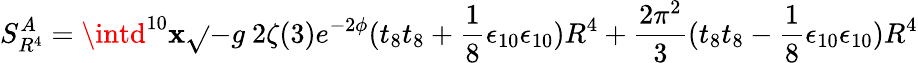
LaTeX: S_{R^{4}}^{A}=\intd^{10}\mathbf{x}\sqrt{}{{-g}}~2\zeta(3)e^{-2\phi}(t_{8}t_{8}+\frac{{1}}{{8}}\epsilon_{10}\epsilon_{10})R^{4}+\frac{{2\pi^{2}}}{{3}}(t_{8}t_{8}-\frac{{1}}{{8}}\epsilon_{10}\epsilon_{10})R^{4}